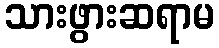
သားဖွားဆရာမ